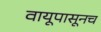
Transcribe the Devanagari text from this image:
वायूपासूनच